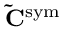
\mathbf { \tilde { C } } ^ { \mathrm { s y m } }